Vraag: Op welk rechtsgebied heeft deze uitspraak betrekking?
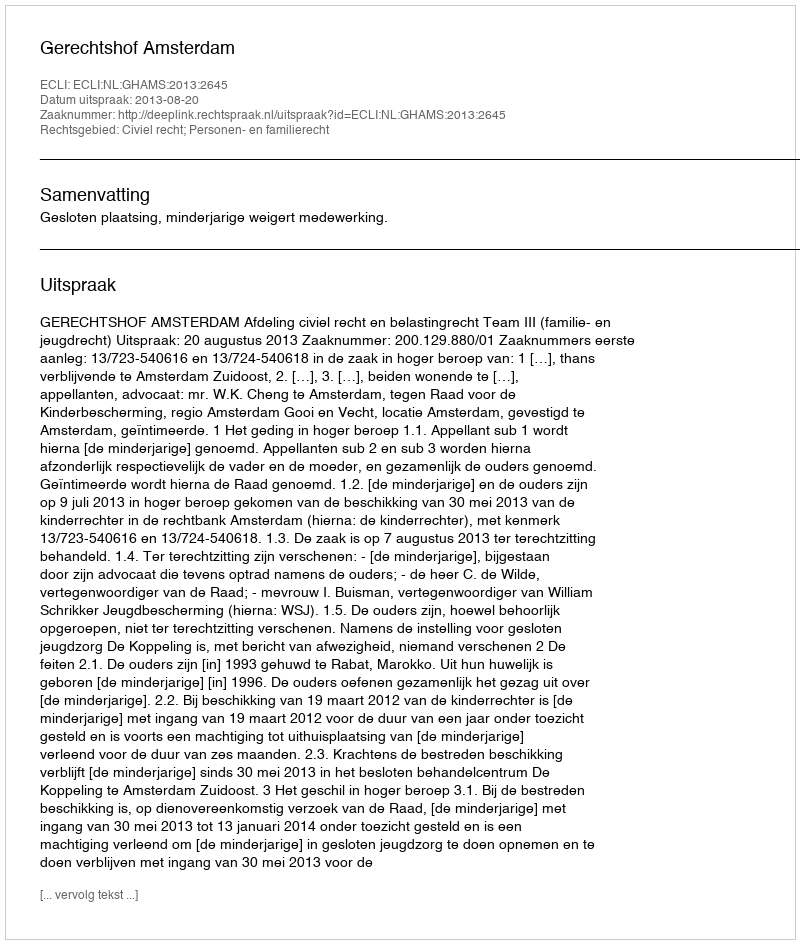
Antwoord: Civiel recht; Personen- en familierecht